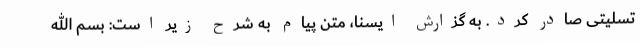
تسلیتی صادر کرد. به گزارش ایسنا، متن پیام به شرح زیر است: بسم الله